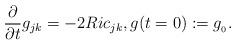
LaTeX: \begin{align*}\frac{\partial}{\partial t} g_{jk}=-2Ric_{jk}, {g(t=0):=g_{_0}}.\end{align*}